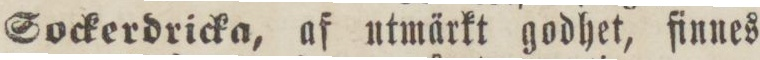
Sockerdricka, af utmärkt godhet, finnes